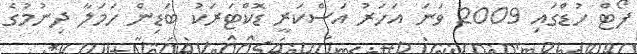
ފޯޓް ހުޑްގައި 2009 ވަނަ އަހަރު އަސްކަރީ ޑޮކްޓަރަކު ބަޑިން ހަމަލާ ދިނުމުގެ